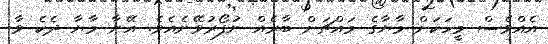
އެއްވެސް މީހަކަށް މާޔާގެ މައްޗަށް ބާރެއް ނުފޯރުވޭނެއެވެ. އޭނާ މާޔާ ދެކެ ވާ